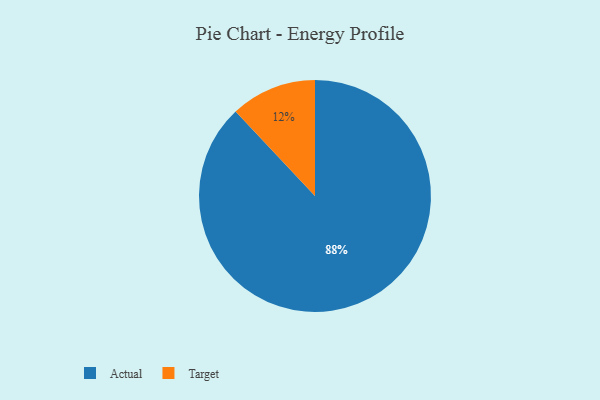
{"axis": {"x": "Category", "y": "Percentage"}, "legend": ["Actual", "Target"], "data": [{"x": "Target", "y": 12, "type": "Target"}, {"x": "Actual", "y": 88, "type": "Actual"}]}